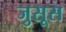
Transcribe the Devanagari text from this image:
जुसूस